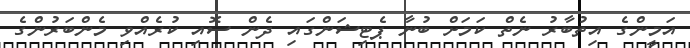
އަމީންގެ އިތުބާރު ނެތް ކަމަށް ބުނާ ޕެޓިޝަންގައި ދެން ސޮއި ކުރެއްވި މެންބަރުންގެ